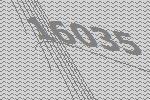
16035